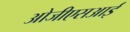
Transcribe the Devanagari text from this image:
ओजीएसआई